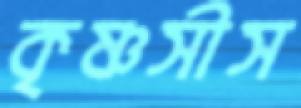
কৃষ্ণসীস